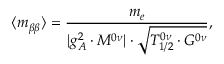
\langle m _ { \beta \beta } \rangle = \frac { m _ { e } } { | g _ { A } ^ { 2 } \cdot M ^ { 0 \nu } | \cdot \sqrt { T _ { 1 / 2 } ^ { 0 \nu } \cdot G ^ { 0 \nu } } } ,